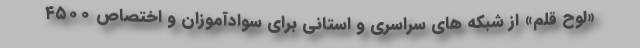
«لوح قلم» از شبکه های سراسری و استانی برای سوادآموزان و اختصاص ۴۵۰۰